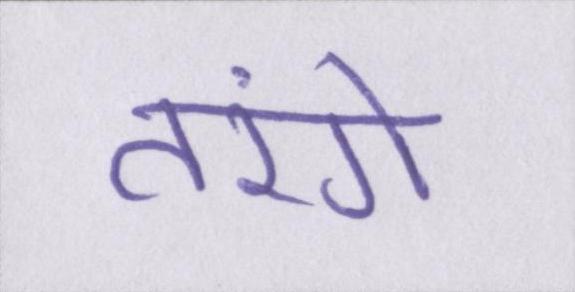
तरंगे